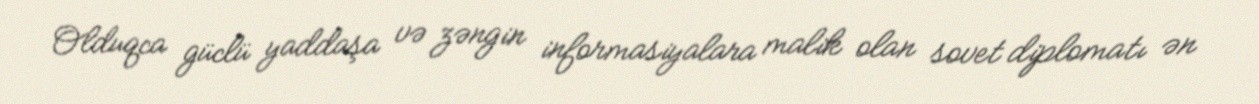
Olduqca güclü yaddaşa və zəngin informasiyalara malik olan sovet diplomatı ən